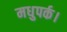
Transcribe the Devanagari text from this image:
मधुपर्क।